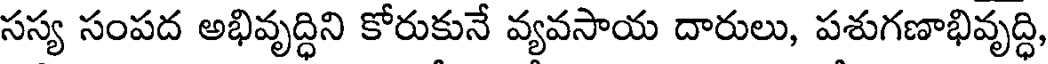
సస్య సంపద అభివృద్ధిని కోరుకునే వ్యవసాయ దారులు, పశుగణాభివృద్ధి,